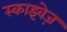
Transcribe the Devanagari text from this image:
स्काइवेज़